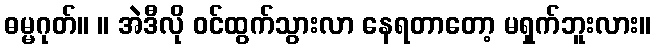
ဓမ္မဂုတ်။ ။ အဲဒီလို ဝင်ထွက်သွားလာ နေရတာတော့ မရှက်ဘူးလား။